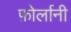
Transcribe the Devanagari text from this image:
फ़ोर्लानी